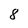
Character: 8